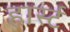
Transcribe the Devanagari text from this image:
हार्स्ट